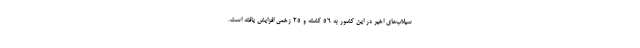
سیلاب‌های اخیر در این کشور به ۵۶ کشته و ۲۵ زخمی افزایش یافته است.